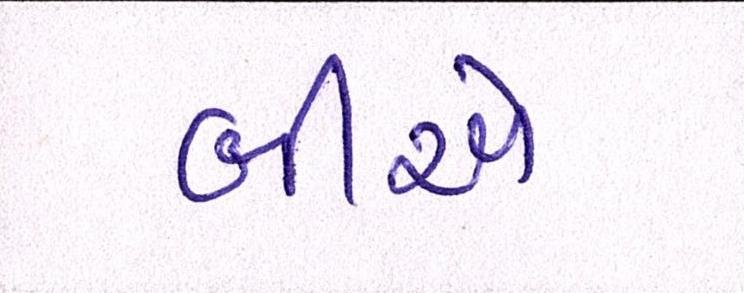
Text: બીએ